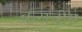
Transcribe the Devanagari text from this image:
कराचीस